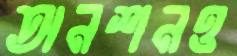
অনশনও